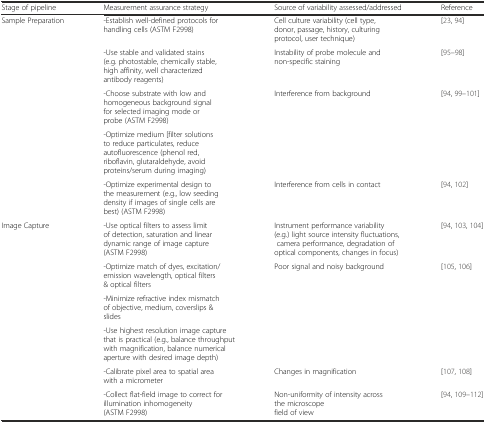
<table><thead><tr><td><b>Stage of pipeline</b></td><td><b>Measurement assurance strategy</b></td><td><b>Source of variability assessed/addressed</b></td><td><b>Reference</b></td></tr></thead><tbody><tr><td rowspan="5">Sample Preparation</td><td>-Establish well-defined protocols for handling cells (ASTM F2998)</td><td>Cell culture variability (cell type, donor, passage, history, culturing protocol, user technique)</td><td>[23, 94]</td></tr><tr><td>-Use stable and validated stains (e.g. photostable, chemically stable, high affinity, well characterized antibody reagents)</td><td>Instability of probe molecule and non-specific staining</td><td>[95–98]</td></tr><tr><td>-Choose substrate with low and homogeneous background signal for selected imaging mode or probe (ASTM F2998)</td><td rowspan="2">Interference from background</td><td rowspan="2">[94, 99–101]</td></tr><tr><td>-Optimize medium [filter solutions to reduce particulates, reduce autofluorescence (phenol red, riboflavin, glutaraldehyde, avoid proteins/serum during imaging)</td></tr><tr><td>-Optimize experimental design to the measurement (e.g., low seeding density if images of single cells are best) (ASTM F2998)</td><td>Interference from cells in contact</td><td>[94, 102]</td></tr><tr><td rowspan="6">Image Capture</td><td>-Use optical filters to assess limit of detection, saturation and linear dynamic range of image capture (ASTM F2998)</td><td>Instrument performance variability (e.g.) light source intensity fluctuations, camera performance, degradation of optical components, changes in focus)</td><td>[94, 103, 104]</td></tr><tr><td>-Optimize match of dyes, excitation/emission wavelength, optical filters &amp; optical filters</td><td rowspan="3">Poor signal and noisy background</td><td rowspan="3">[105, 106]</td></tr><tr><td>-Minimize refractive index mismatch of objective, medium, coverslips &amp; slides</td></tr><tr><td>-Use highest resolution image capture that is practical (e.g., balance throughput with magnification, balance numerical aperture with desired image depth)</td></tr><tr><td>-Calibrate pixel area to spatial area with a micrometer</td><td>Changes in magnification</td><td>[107, 108]</td></tr><tr><td>-Collect flat-field image to correct for illumination inhomogeneity (ASTM F2998)</td><td>Non-uniformity of intensity across the microscope field of view</td><td>[94, 109–112]</td></tr></tbody></table>